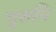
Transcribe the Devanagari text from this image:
गुरुचि